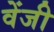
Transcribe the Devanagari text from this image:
वेंजी